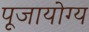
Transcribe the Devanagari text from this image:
पूजायोग्य